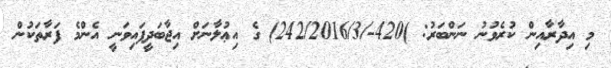
މި އިދާރާއިން ކުރެވުނު ނަންބަރު: )420-/242/2016/3) ގެ އިޢުލާނަށް އިޖާބަދީފައިވަނީ އެންމެ ފަރާތަކުން